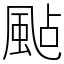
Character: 颭